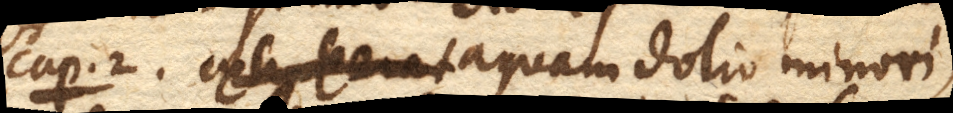
Cap. 2. Aquam dolio minori,